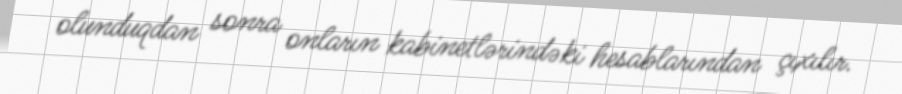
olunduqdan sonra onların kabinetlərindəki hesablarından çıxılır.